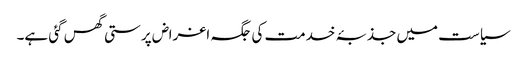
سیاست میں جذبۂ خدمت کی جگہ اغراض پرستی گھس گئی ہے۔